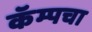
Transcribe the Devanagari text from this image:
कॅम्पचा